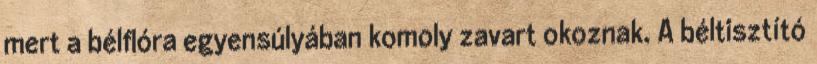
mert a bélflóra egyensúlyában komoly zavart okoznak. A béltisztító